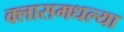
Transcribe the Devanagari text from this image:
क्लासमधल्या